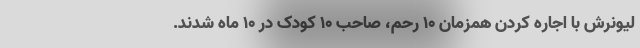
لیونرش با اجاره کردن همزمان ۱۰ رحم، صاحب ۱۰ کودک در ۱۰ ماه شدند.